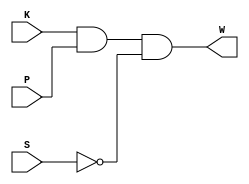
`timescale 1ns / 1ps
//////////////////////////////////////////////////////////////////////////////////
// Company: 
// Engineer: 
// 
// Design Name: 
// Module Name:    Beltwarn 
// Project Name: 
// Target Devices: 
// Tool versions: 
// Description: 
//
// Dependencies: 
//
// Revision: 
// Revision 0.01 - File Created
// Additional Comments: 
//
//////////////////////////////////////////////////////////////////////////////////
module Beltwarn(K,P,S,W);

	input K, P, S;
	output W;
	reg W;
	
	always@(K,P,S)
	begin
		W <= K & P & !S;
		end
endmodule